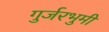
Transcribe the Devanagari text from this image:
गुर्जरभुमी